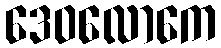
ဒေဝလောကေ